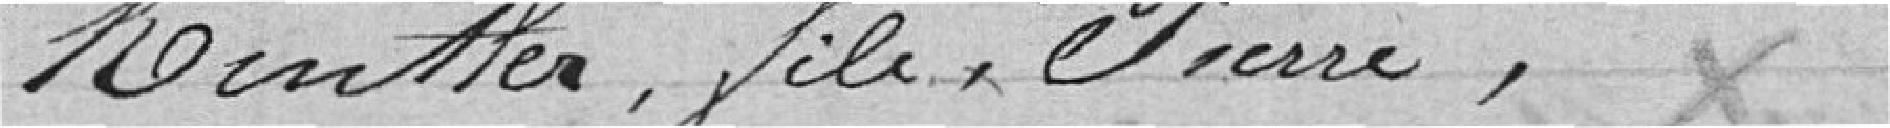
Kintler, fils, Pierre